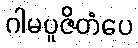
ဂါမပူဇိတံပေ